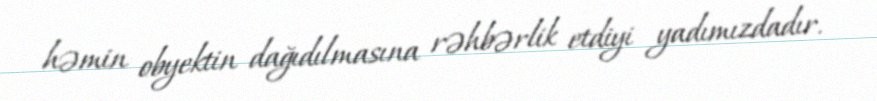
həmin obyektin dağıdılmasına rəhbərlik etdiyi yadımızdadır.